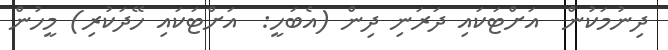
ދިނުމަކުން  އަށްޓަކައި ދަރަނި ދިން (އެބަހީ:  އަށްޓަކައި ހޭދަކުރި) މީހުން